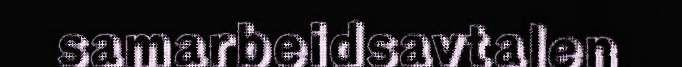
samarbeidsavtalen